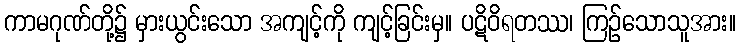
ကာမဂုဏ်တို့၌ မှားယွင်းသော အကျင့်ကို ကျင့်ခြင်းမှ။ ပဋိဝိရတဿ၊ ကြဉ်သောသူအား။